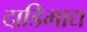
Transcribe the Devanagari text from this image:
दाडिमाद्य